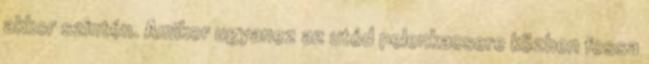
akkor szintén. Amikor ugyanez az utód pelenkacsere közben fossa